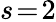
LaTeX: s\! =\! 2